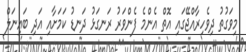
މިވަގުތު ދިވެހިރާއްޖޭގައި އޮތް އެންމެ ފެންވަރު ރަނގަޅު ދަނޑު ކަމަށާއި އަދި ބައިނަލް